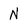
Character: N